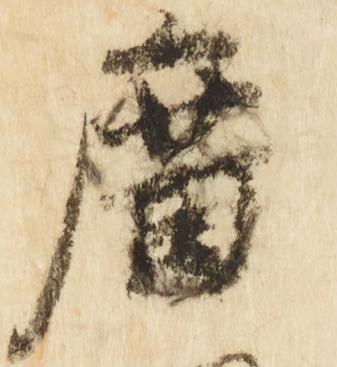
庿